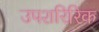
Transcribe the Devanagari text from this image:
उपशरिरिक